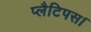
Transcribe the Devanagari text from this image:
प्लैटिपस।